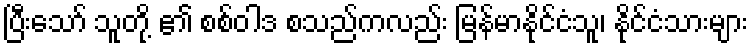
ပြီးသော် သူတို့ ၏ စစ်ဝါဒ စသည်ကလည်း မြန်မာနိုင်ငံသူ၊ နိုင်ငံသားများ